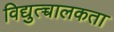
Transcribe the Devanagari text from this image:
विद्युत्च्चालकता